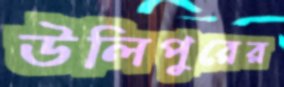
উলিপুরের